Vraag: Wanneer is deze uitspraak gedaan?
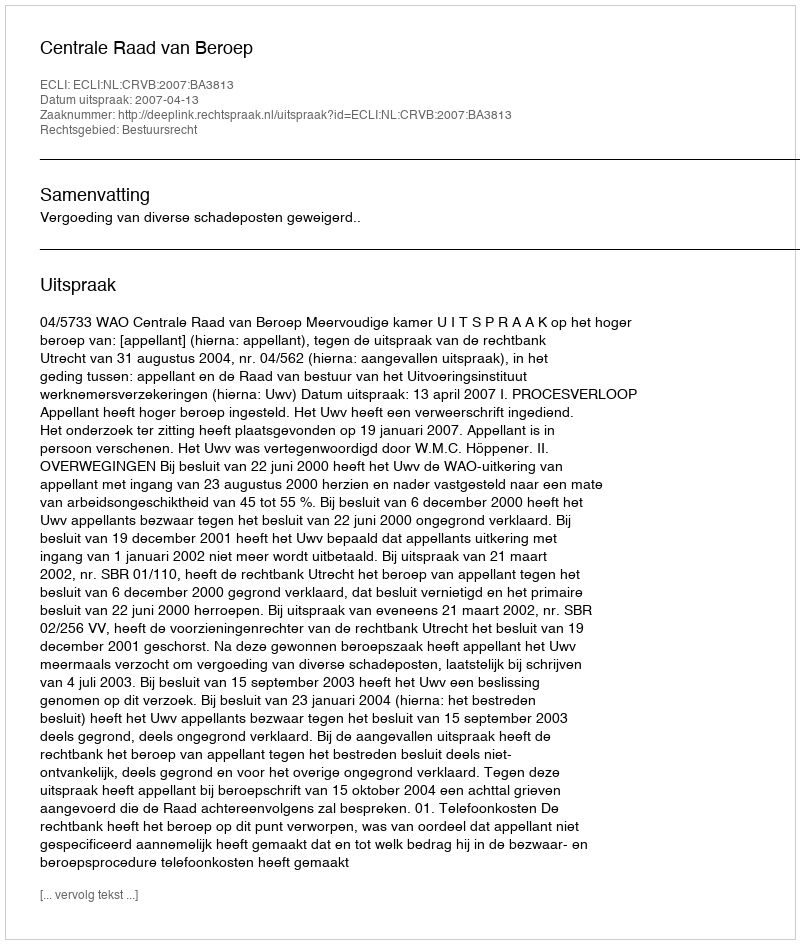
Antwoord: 2007-04-13